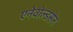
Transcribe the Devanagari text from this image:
एनेवोल्डसेन